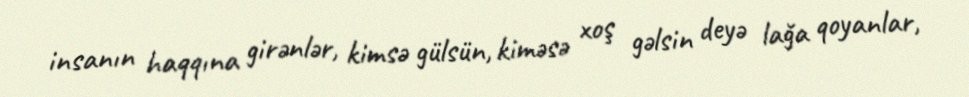
insanın haqqına girənlər, kimsə gülsün, kiməsə xoş gəlsin deyə lağa qoyanlar,